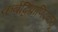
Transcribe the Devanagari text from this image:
कर्बद्विप्राणिदवायू